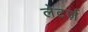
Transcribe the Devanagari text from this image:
लेटर्ज़